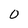
Character: 0